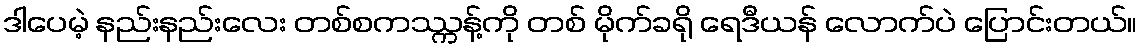
ဒါပေမဲ့ နည်းနည်းလေး တစ်စကဿ္ကန့်ကို တစ် မိုက်ခရို ရေဒီယန် လောက်ပဲ ပြောင်းတယ်။